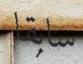
سابقا